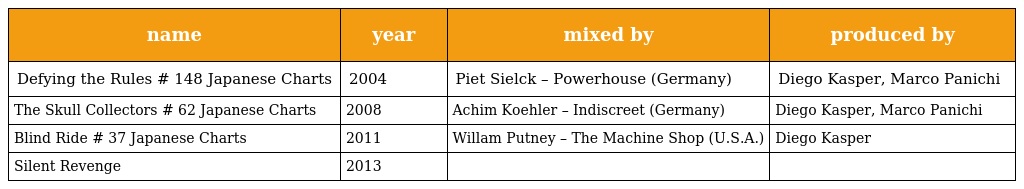
| name | year | mixed by | produced by |
 | --- | --- | --- | --- |
 | Defying the Rules # 148 Japanese Charts | 2004 | Piet Sielck – Powerhouse (Germany) | Diego Kasper, Marco Panichi |
 | The Skull Collectors # 62 Japanese Charts | 2008 | Achim Koehler – Indiscreet (Germany) | Diego Kasper, Marco Panichi |
 | Blind Ride # 37 Japanese Charts | 2011 | Willam Putney – The Machine Shop (U.S.A.) | Diego Kasper |
 | Silent Revenge | 2013 |  |  |